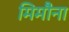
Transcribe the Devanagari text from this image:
मिमौना